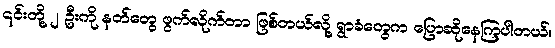
၎င်းတို့ ၂ ဦးကို နတ်တွေ ဖွက်လိုက်တာ ဖြစ်တယ်လို့ ရွာခံတွေက ပြောဆိုနေကြပါတယ်။